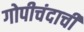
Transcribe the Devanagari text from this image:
गोपीचंदाची